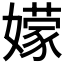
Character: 𭒣